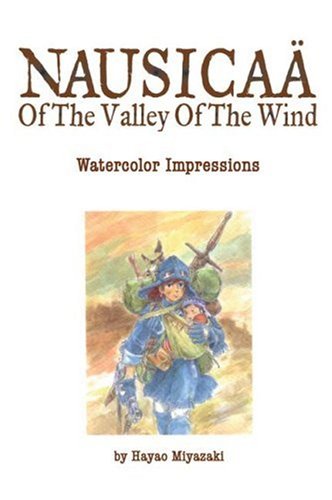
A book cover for NausicaÃ¤ of the Valley of the Wind: Watercolor Impressions; Hayao Miyazaki; Arts & Photography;